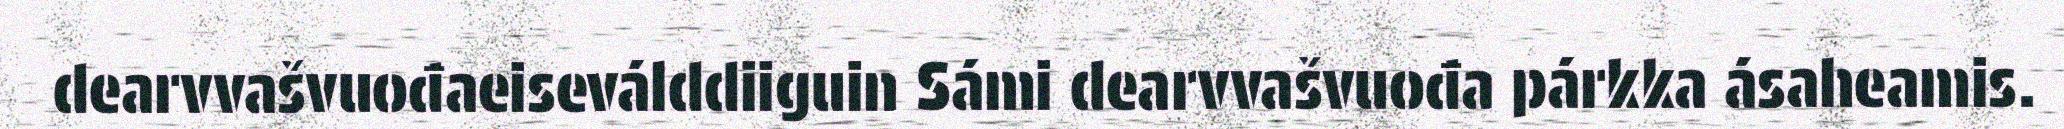
dearvvašvuođaeiseválddiiguin Sámi dearvvašvuođa párkka ásaheamis.